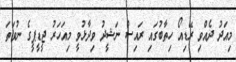
މިއަދު ދެއްވި ރޭޑިއޯ ހިތާބުގައި ރައިސް ނަޝީދު ވިދާޅުވީ މިއަހަރު ޖީޑީޕީގެ ނުވަތަ